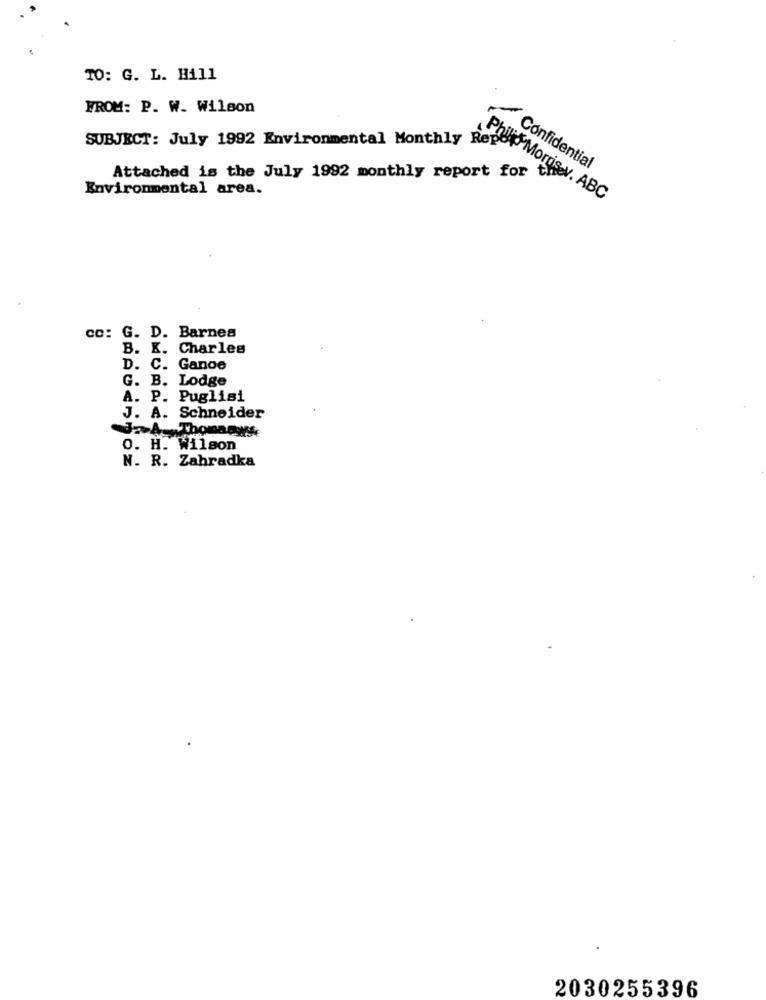
TO: G. L. Hill
FROM: P. W. Wilson
SUBJECT: July 1992 Environmental Monthly Rep
Confidential
Attached is the July 1992 monthly report for
Environmental area.
Philis Morrisey. ABC
co: G. D. Barnes
B. K. Charles
D. C. Ganoe
G. B. Lodge
A. P. Puglisi
J. A. Schneider
JA.Thomasys
O. H. Wilson
N. R. Zahradka
2030255396